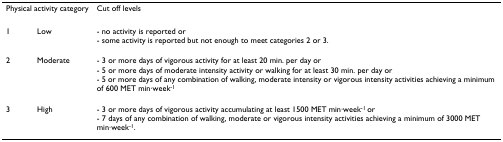
| <COLSPAN=2> Physical activity category | Cut off levels |
 | --- | --- | --- |
 | 1 | Low | - no activity is reported or- some activity is reported but not enough to meet categories 2 or 3. |
 | 2 | Moderate | - 3 or more days of vigorous activity for at least 20 min. per day or- 5 or more days of moderate intensity activity or walking for at least 30 min. per day or- 5 or more days of any combination of walking, moderate intensity or vigorous intensity activities achieving a minimum of 600 MET min·week-1 |
 | 3 | High | - 3 or more days of vigorous activity accumulating at least 1500 MET min·week-1 or- 7 days of any combination of walking, moderate or vigorous intensity activities achieving a minimum of 3000 MET min·week-1. |